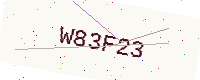
Text: W83F23